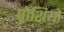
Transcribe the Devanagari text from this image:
पोशियों